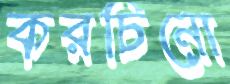
করচিনো